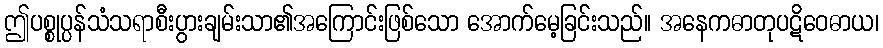
ဤပစ္စုပ္ပန်သံသရာစီးပွားချမ်းသာ၏အကြောင်းဖြစ်သော အောက်မေ့ခြင်းသည်။ အနေကဓာတုပဋိဝေဓာယ၊